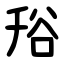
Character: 谸